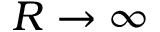
R \rightarrow \infty